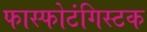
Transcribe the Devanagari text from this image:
फास्फोटंगिस्टक